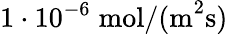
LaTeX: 1\cdot 10^{-6}\; \mathrm{mol/(m}^{2}\mathrm{s)}